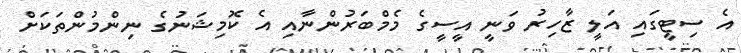
އެ ސިޓީގައި އަލީ ޒާހިރު ވަނީ އީސީގެ މެމްބަރުންނާއި އެ ކޮމިޝަނުގެ ނިންމުންތަކަށް